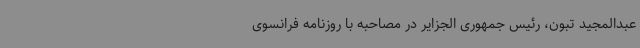
عبدالمجید تبون، رئیس جمهوری الجزایر در مصاحبه با روزنامه فرانسوی